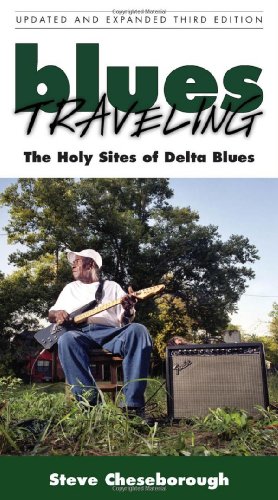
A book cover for Blues Traveling: The Holy Sites of Delta Blues, Third Edition; Steve Cheseborough; Travel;